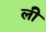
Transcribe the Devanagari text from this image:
लीे